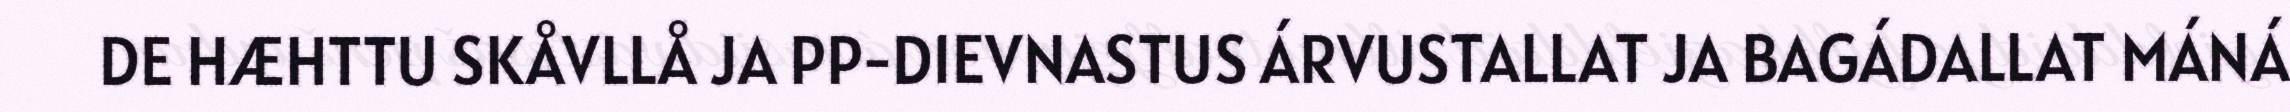
DE HÆHTTU SKÅVLLÅ JA PP-DIEVNASTUS ÁRVUSTALLAT JA BAGÁDALLAT MÁNÁ